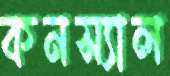
কনস্যাল